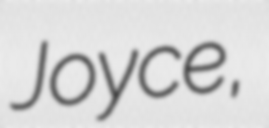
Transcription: Joyce,